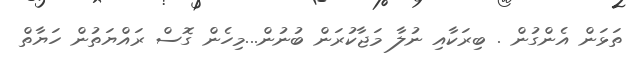
ތަޅަން އެންގުން . ބިރަކާއި ނުލާ މަޖާކުރަން ބުނުން...މިހެން ގޮސް ރައްޔަތުން ހަޔާތް